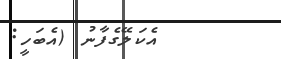
އެކަލޭގެފާނު (އެބަހީ: